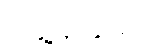
တွေ့မြင်နိုင်မည်